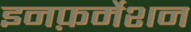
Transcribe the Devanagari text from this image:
इनफ़र्मेशन